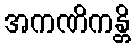
အကဏိကန္တိ